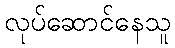
လုပ်ဆောင်နေသူ